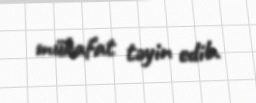
mükafat təyin edib.